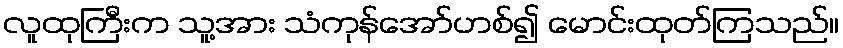
လူထုကြီးက သူ့အား သံကုန်အော်ဟစ်၍ မောင်းထုတ်ကြသည်။